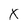
Character: X